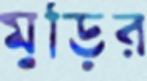
মুড়ির